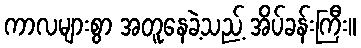
ကာလများစွာ အတူနေခဲ့သည့် အိပ်ခန်းကြီး။